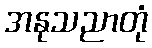
အနုသညာတုံ